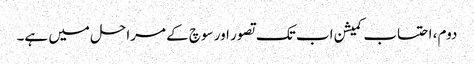
دوم، احتساب کمیشن اب تک تصور اور سوچ کے مراحل میں ہے۔